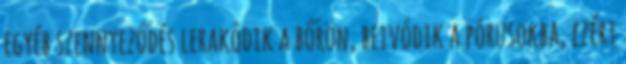
egyéb szennyeződés lerakódik a bőrön, beivódik a pórusokba, ezért